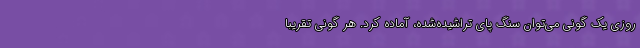
روزی یک گونی می‌توان سنگ پای تراشیده‌شده، آماده کرد. هر گونی تقریبا